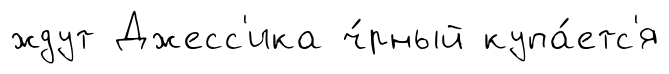
ждут Джесс'ика ч́рный купа́етс'я